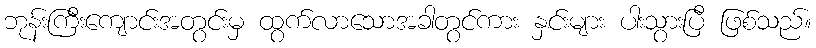
ဘုန်းကြီးကျောင်းအတွင်းမှ ထွက်လာသောအခါတွင်ကား နှင်းများ ပါးသွားပြီ ဖြစ်သည်။